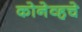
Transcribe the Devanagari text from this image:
कोनेव्हचे